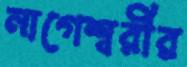
নাগেশ্বরীর